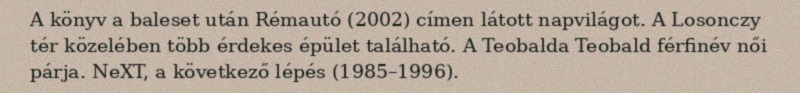
A könyv a baleset után Rémautó (2002) címen látott napvilágot. A Losonczy tér közelében több érdekes épület található. A Teobalda Teobald férfinév női párja. NeXT, a következő lépés (1985–1996).